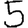
Digit: 5